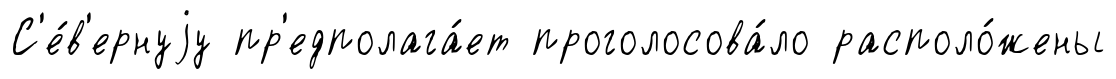
С'е́в'ернуjу пр'едполага́ет проголосова́ло располо́жены